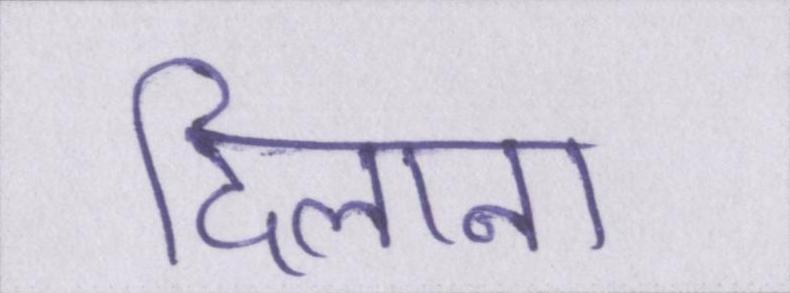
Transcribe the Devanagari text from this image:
दिलाना